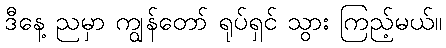
ဒီနေ့ ညမှာ ကျွန်တော် ရုပ်ရှင် သွား ကြည့်မယ်။